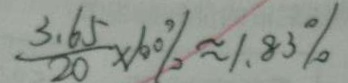
\frac { 3 . 6 5 } { 2 0 } \times 1 0 0 \% \approx 1 . 8 3 \%